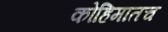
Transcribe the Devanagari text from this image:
कोहिमातच